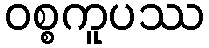
ဝစ္စကူပဿ